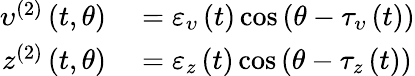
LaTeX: \begin{array}{rl}{\upsilon^{(2)}\left(t,\theta\right)}&{{}=\varepsilon_{\upsilon}\left(t\right)\cos\left(\theta-\tau_{\upsilon}\left(t\right)\right)}\\ {z^{(2)}\left(t,\theta\right)}&{{}=\varepsilon_{z}\left(t\right)\cos\left(\theta-\tau_{z}\left(t\right)\right)}\end{array}